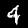
Label: 4